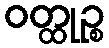
ဝတ္ထုဉ္စ